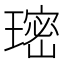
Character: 𮴰